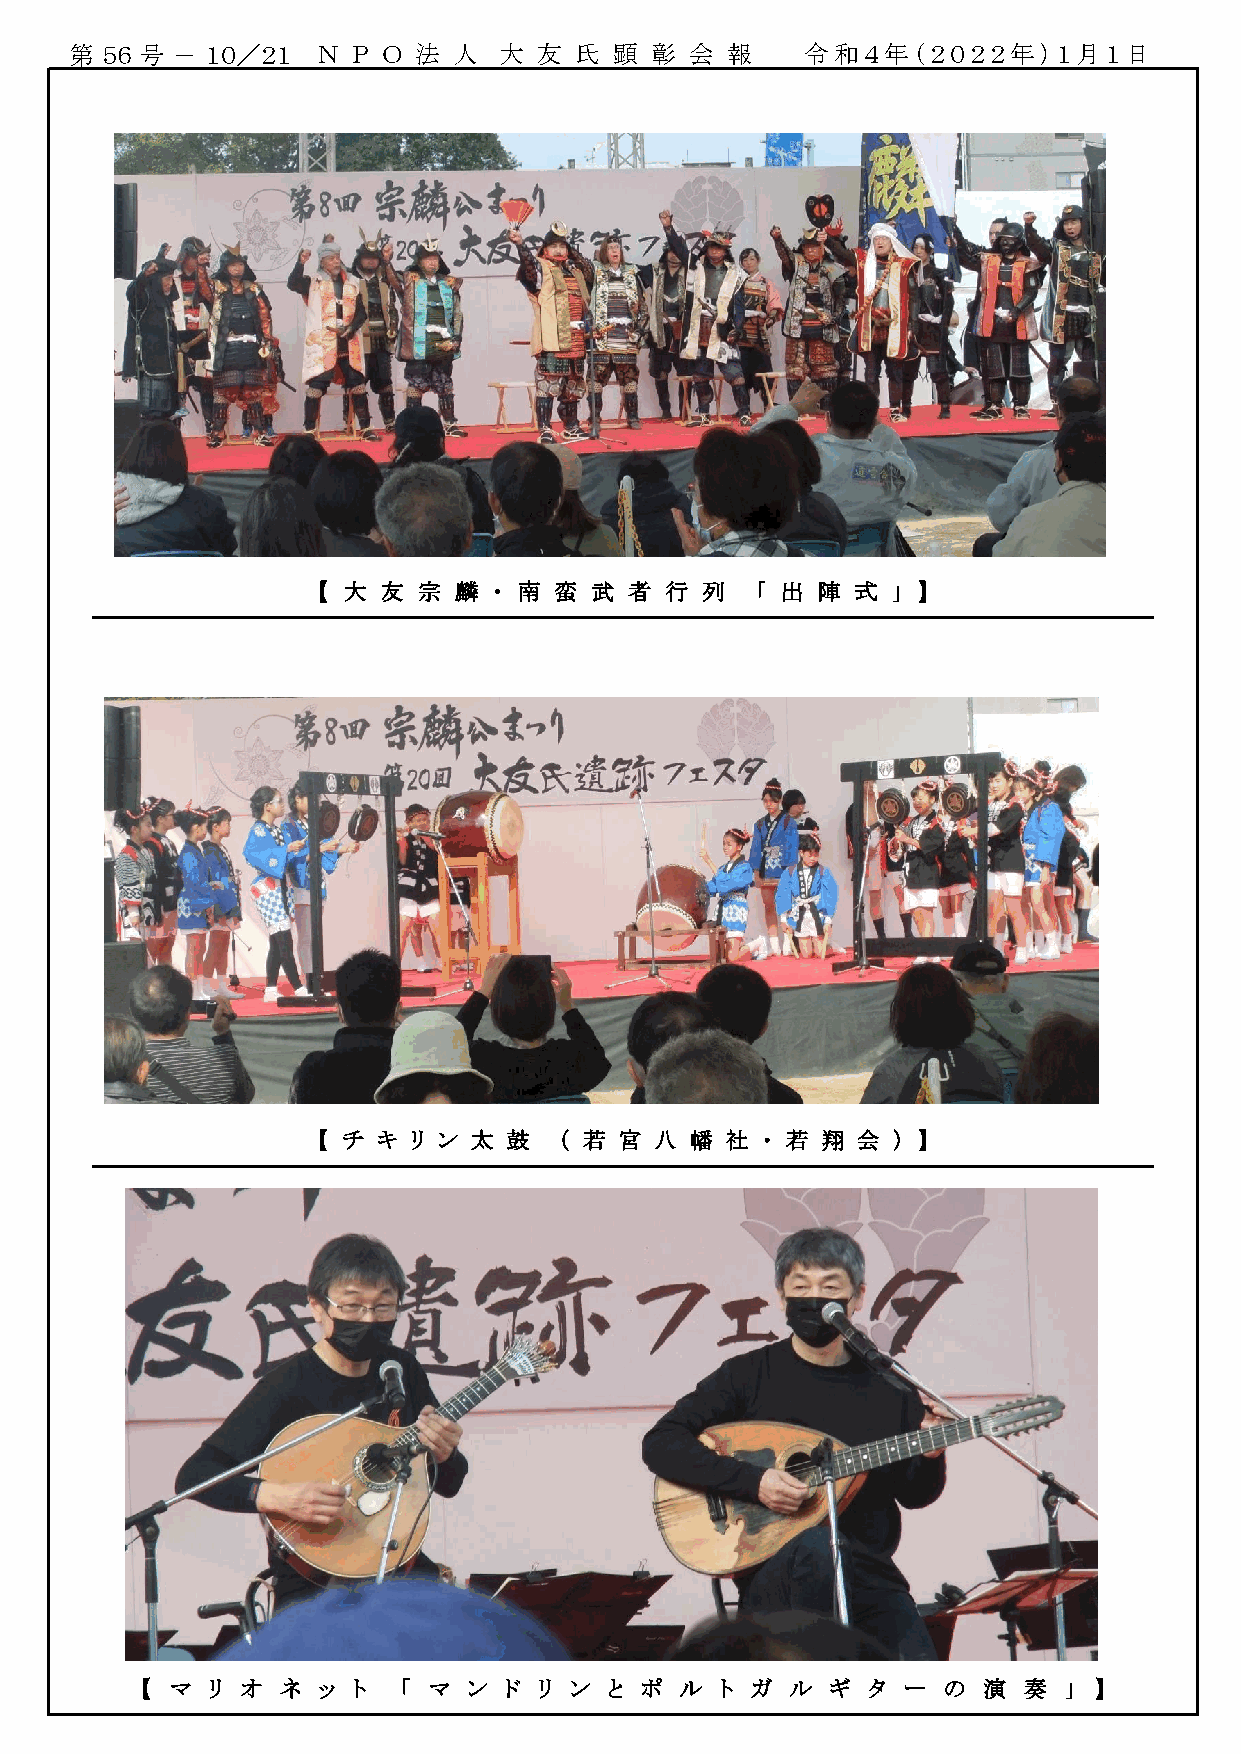
第 ５６ 号 － １０／２１  Ｎ Ｐ Ｏ 法  人  大  友 氏  顕 彰  会 報    令和４年（２０２２年）１月１日
 【 大 友  宗 麟  ・ 南 蛮 武  者 行 列   「 出 陣  式 」 】
 【 チ キ リ ン 太  鼓  （ 若 宮 八  幡 社 ・ 若 翔  会 ） 】
 【 マ  リ オ  ネ ッ ト  「 マ  ン ド  リ ン と ポ  ル  ト ガ ル  ギ タ  ー の  演  奏 」 】